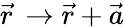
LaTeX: {\vec{r}}\, \rightarrow{\vec{r}}+{\vec{a}}